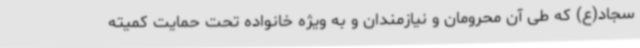
سجاد(ع) که طی آن محرومان و نیازمندان و به ویژه خانواده تحت حمایت کمیته